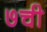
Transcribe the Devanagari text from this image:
७ची